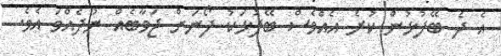
އެ ދެ ބޭފުޅުން ކުރެ އެއްވެސް ބޭފުޅަކު ފޯނަށް ޖަވާބެއް ނުދެއްވަ އެވެ.